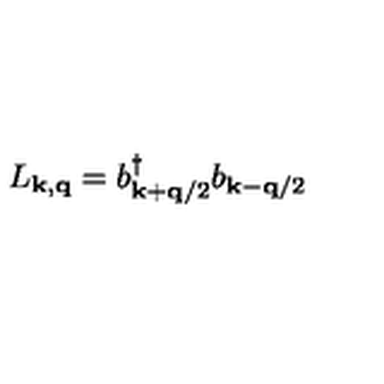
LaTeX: L _ { { \bf { k } } , { \bf { q } } } = b _ { { \bf { k } } + { \bf { q } } / 2 } ^ { \dagger } b _ { { \bf { k } } - { \bf { q } } / 2 }